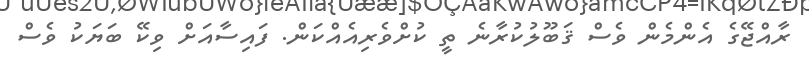
ރާއްޖޭގެ އެންމެން ވެސް ޤަބޫލުކުރާނެ ތީ ކުށްވެރިއެއްކަން. ފައިސާއަށް ވިކޭ ބަޔަކު ވެސް